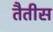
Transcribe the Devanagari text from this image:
तैतीस